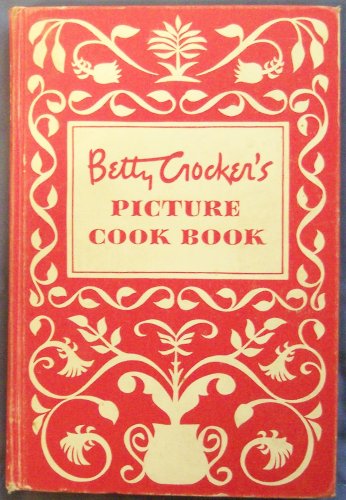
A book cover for Betty Crocker's Picture Cook Book; Betty Crocker; Cookbooks, Food & Wine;